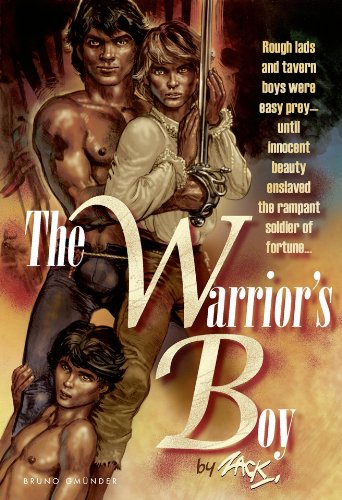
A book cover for The Warrior's Boy; Zack; Comics & Graphic Novels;